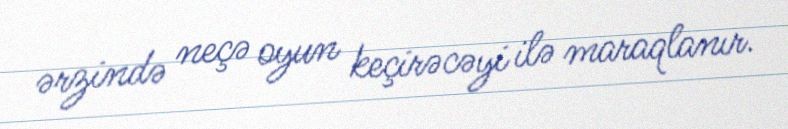
ərzində neçə oyun keçirəcəyi ilə maraqlanır.